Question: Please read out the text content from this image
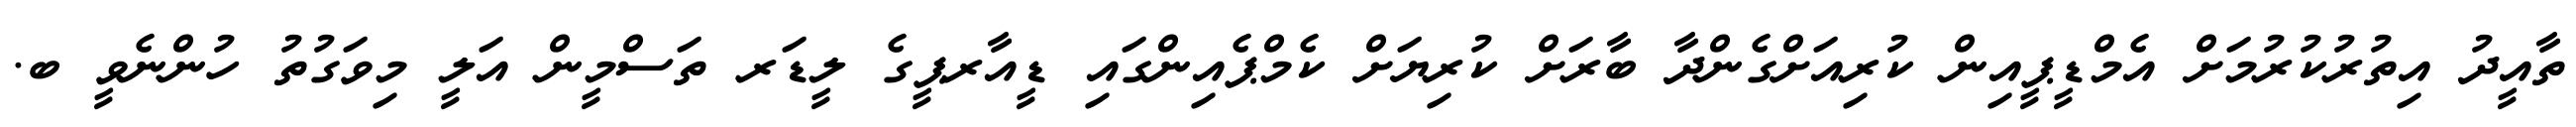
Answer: ތާއީދު އިތުރުކުރުމަށް އެމްޑީޕީއިން ކުރިއަށްގެންދާ ބާރަށް ކުރިޔަށް ކެމްޕެއިންގައި ޑީއާރޕީގެ ލީޑަރ ތަސްމީން އަލީ މިވަގުތު ހުންނެވީ ބ.